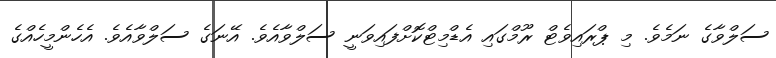
ސަލްވާގެ ނަމެވެ. މި ޕްރައިވެޓް ރޫމްގައި އެޑްމިޓްކޮށްފައިވަނީ ސަލްވާއެވެ. އޭނަގެ ސަލްވާއެވެ. އެހެންމީހެއްގެ